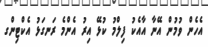
އެހެން ވުމުން އޭނާ އާއެކު ފިލްމު ކުޅޭ އިރު އެންމެ ރަނގަޅު އެކްޓިންގ